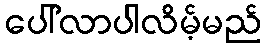
ပေါ်လာပါလိမ့်မည်